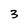
Character: 3